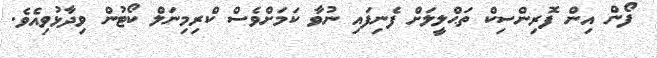
ފޯން އިން ފޮރިންސިކް ތަޙްލީލަށް ފެނިފައި ނުވާ ކަމަށްވެސް ކްރިމިނަލް ކޯޓުން ވިދާޅުވިއެވެ.